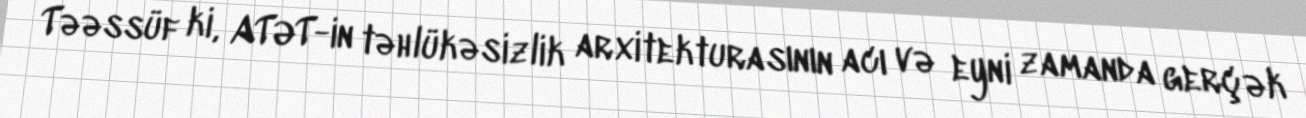
Təəssüf ki, ATƏT-in təhlükəsizlik arxitekturasının acı və eyni zamanda gerçək